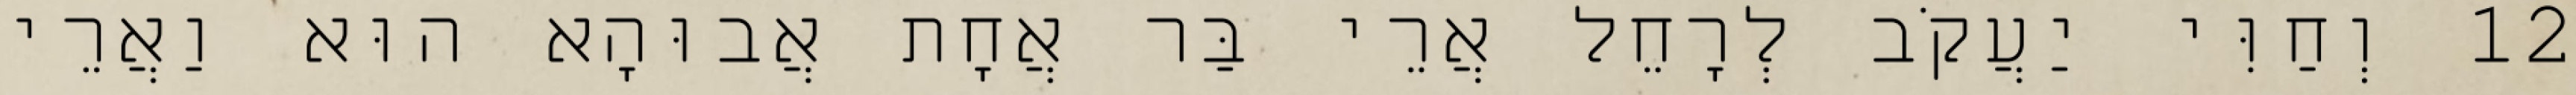
12 וְחַוִּי יַעֲקֹב לְרָחֵל אֲרֵי בַּר אֲחָת אֲבוּהָא הוּא וַאֲרֵי